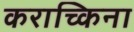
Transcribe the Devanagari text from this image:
कराच्किना